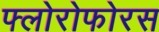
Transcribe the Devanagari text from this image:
फ्लोरोफोरस